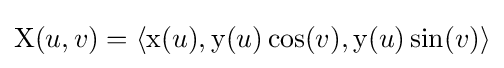
\operatorname {X} (u,v)=\langle \operatorname {x} (u),\operatorname {y} (u)\cos(v),\operatorname {y} (u)\sin(v)\rangle